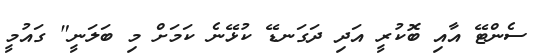
ސެންޓޭ އާއި ބޮކުރީ އަދި ދަގަނޑޭ ކުޅޭނެ ކަމަށް މި ބަލަނީ" ގައުމީ